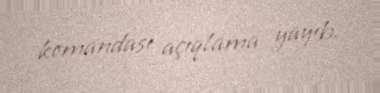
komandası açıqlama yayıb.